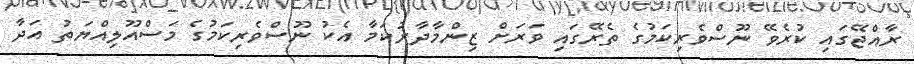
ރާއްޖޭގައި ކުރެވޭ ނޫސްވެރިކަމުގެ ތެރޭގައި ވަރަށް ޒިންމާދާރުކަމާ އެކު ނޫސްވެރިކަމުގެ މަސްއޫލިއްޔަތު އަދާ